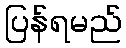
ပြန်ရမည်